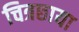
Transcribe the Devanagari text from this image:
चित्रछाया